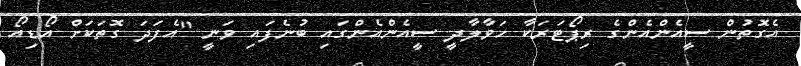
އެގޮތުން ސީއެންއެންގެ ރިޕޯޓަރަކާ ހަވާލާދީ ސީއެންއެންގައި ބުނެފައި ވަނީ "އެފަދަ ގޮތަކަށް އޯޑިއޯ